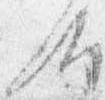
汰